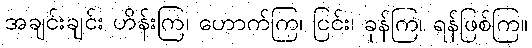
အချင်းချင်း ဟိန်းကြ၊ ဟောက်ကြ၊ ငြင်း၊ ခုန်ကြ၊ ရန်ဖြစ်ကြ။